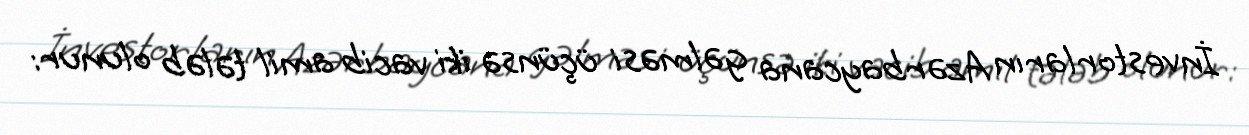
İnvestorların Azərbaycana gəlməsi üçünsə iki vacib amil tələb olunur: